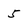
Character: 5